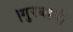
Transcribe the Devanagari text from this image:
।गुरबानी